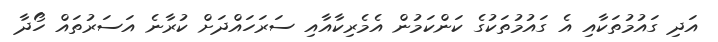
އަދި ގައުމުތަކާއި އެ ގައުމުތަކުގެ ކަންކަމުން އެމެރިކާއާއި ސަރަހައްދަށް ކުރާނެ އަސަރުތައް ހޯދާ